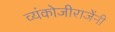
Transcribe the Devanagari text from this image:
व्यंकोजीराजेंनी